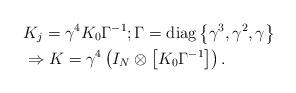
LaTeX: \begin{align*}&K_j = \gamma^4 K_0 \Gamma^{-1};\Gamma = \operatorname{diag}\left\{\gamma^{3},\gamma^{2},\gamma \right\} \\&\Rightarrow K = \gamma^4 \left(I_N \otimes \left[K_0\Gamma^{-1} \right] \right).\end{align*}